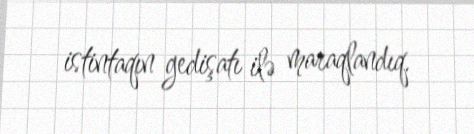
istintaqın gedişatı ilə maraqlandıq.